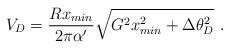
LaTeX: \begin{align*}V_D=\frac{Rx_{min}}{2\pi\alpha'}\sqrt{G^2 x_{min}^2+\Delta\theta_D^2}\ .\end{align*}